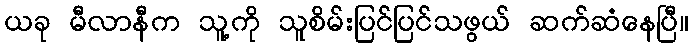
ယခု မီလာနီက သူ့ကို သူစိမ်းပြင်ပြင်သဖွယ် ဆက်ဆံနေပြီ။